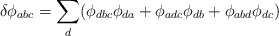
\begin{align*}\delta \phi_{abc} = \sum_d (\phi_{dbc} \phi_{da} + \phi_{adc} \phi_{db} + \phi_{abd} \phi_{dc} )\end{align*}